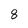
Character: 8